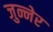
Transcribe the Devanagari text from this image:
जुन्नेर